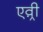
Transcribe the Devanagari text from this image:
एव़्री